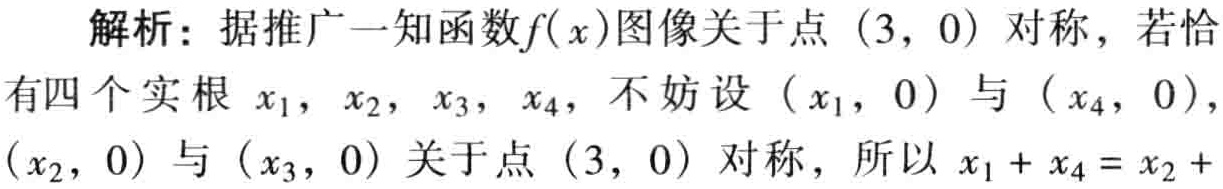
解析：据推广一知函数\(f(x)\)图像关于点\((3,0)\)对称，若恰

有四个实根\(x_{1}\)，\(x_{2}\)，\(x_{3}\)，\(x_{4}\)，不妨设\((x_{1},0)\)与\((x_{4},0)\)，

\((x_{2},0)\)与\((x_{3},0)\)关于点\((3,0)\)对称，所以\(x_{1}+x_{4}=x_{2}+ \)